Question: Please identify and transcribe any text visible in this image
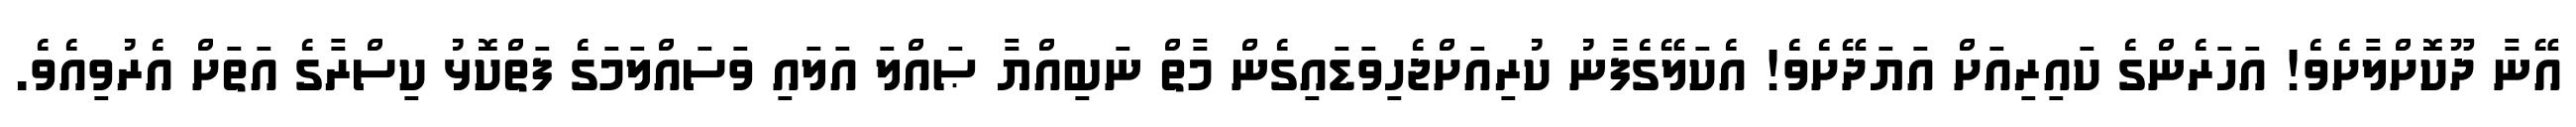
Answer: އޭނާ ދޫކޮށްލާށެވެ! އަހަރެންގެ ކައިރިއަށް އަޔަދޭށެވެ! އެކަލޭގެފާނު ކުރިއަށްޖެހިވަޑައިގެން މާތް ނަބިއްޔާ ޞައްލަ އަލައި ވަސައްލަމަގެ ފަތްކޮޅު ކިސްރާގެ އަތަށް އެރުވިއެވެ.